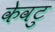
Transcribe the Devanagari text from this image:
केवटु